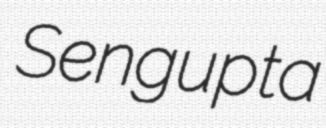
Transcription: Sengupta